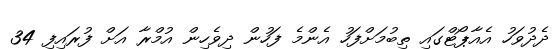
ދެދުވަހު އެއާޕޯޓްގައި ތިބުމަށްފަހު އެންމެ ފަހުން ދިވެހިން އުމްރާ އަށް ފުރައިފި 34